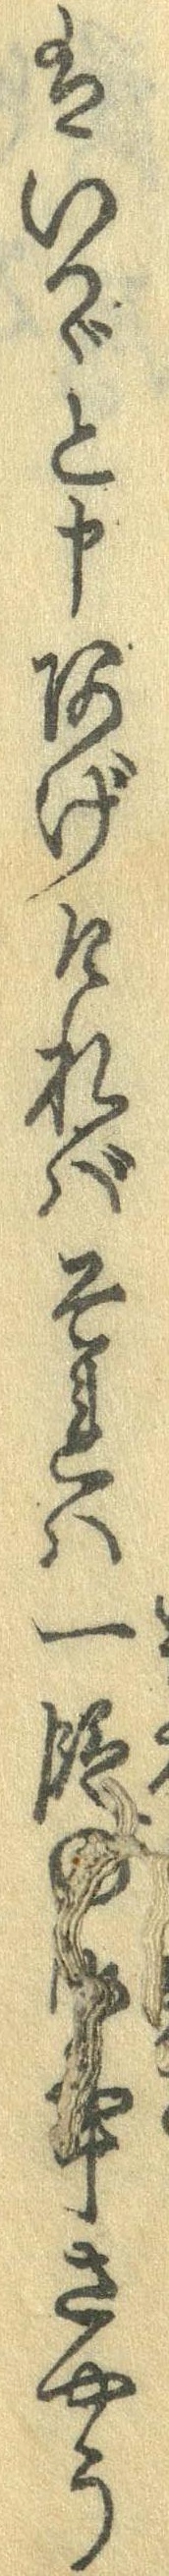
はいかゞと申あげたればそれは一段の御事さやう